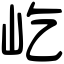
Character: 屹